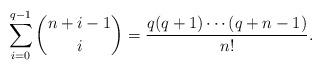
LaTeX: \begin{align*}\sum_{i=0}^{q-1}\binom{n+i-1}{i}=\frac{q(q+1)\cdots (q+n-1)}{n!}.\end{align*}